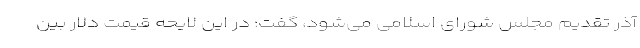
آذر تقدیم مجلس شورای اسلامی می‌شود، گفت: در این لایحه قیمت دلار بین